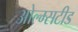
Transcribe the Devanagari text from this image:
ओल्म्सटीड